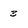
Character: 3